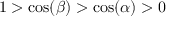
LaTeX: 1 > \cos ( \beta ) > \cos ( \alpha ) > 0